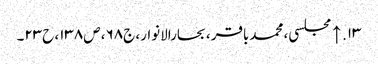
۱۳. ↑ مجلسی، محمدباقر، بحارالانوار، ج۶۸، ص۱۳۸، ح۲۳۔